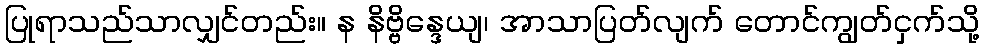
ပြုရာသည်သာလျှင်တည်း။ န နိဗ္ဗိန္ဒေယျ၊ အာသာပြတ်လျက် တောင်ကျွတ်ငှက်သို့